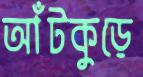
আঁটকুড়ে